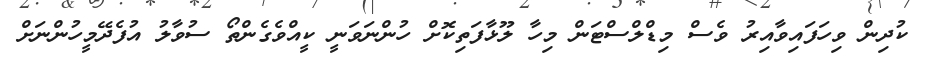
ކުދިން ވިހަފައިވާއިރު ވެސް މިޑްލްސްޓަން މިހާ ލޫޅާފަތިކޮށް ހުންނަވަނީ ކީއްވެގެންތޯ ސުވާލު އުފެދޭމީހުންނަށް